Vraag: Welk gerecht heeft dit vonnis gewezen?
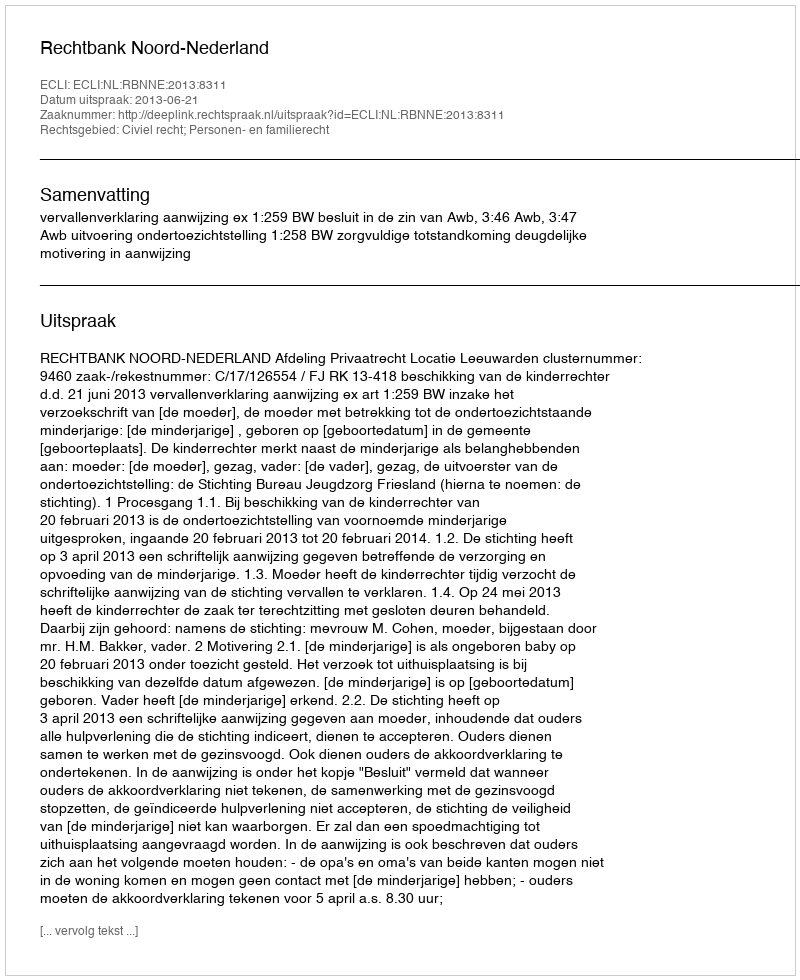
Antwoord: Rechtbank Noord-Nederland